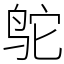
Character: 鸵